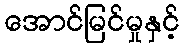
အောင်မြင်မှုနှင့်